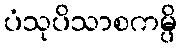
ပံသုပိသာစကမ္ပိ